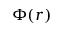
\Phi ( r )